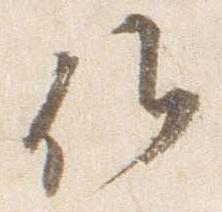
候